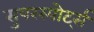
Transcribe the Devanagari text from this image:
सुपरस्पोर्ट्स